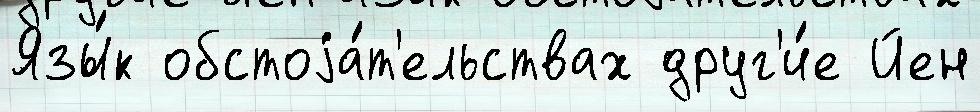
Язы́к обстоjа́т'ельствах друг'и́е Йен